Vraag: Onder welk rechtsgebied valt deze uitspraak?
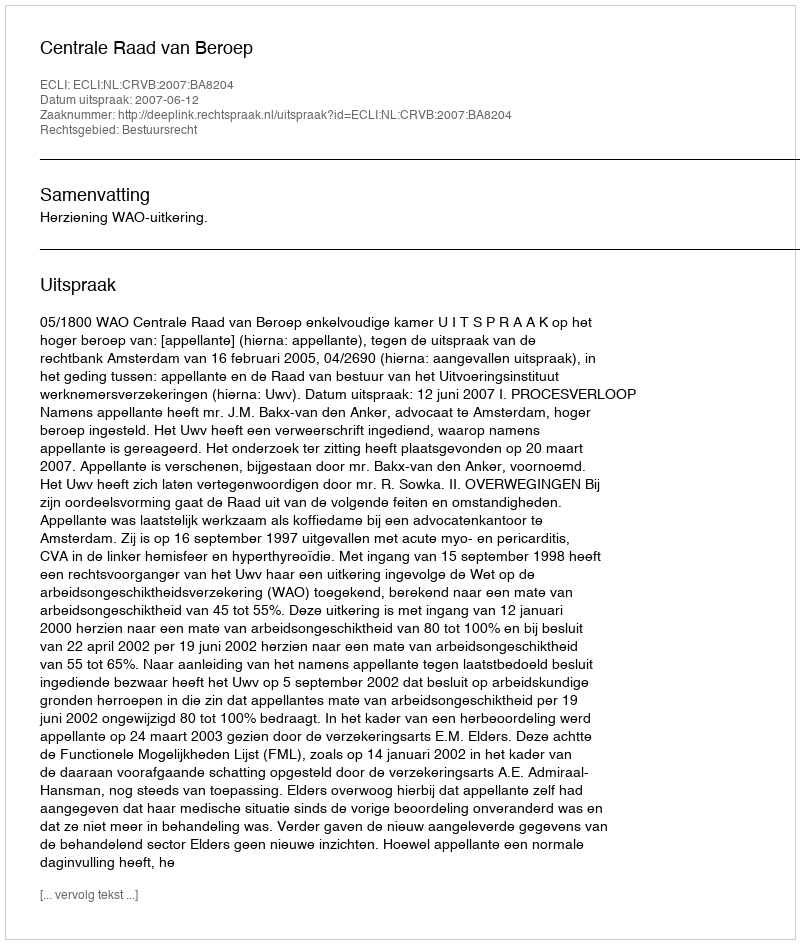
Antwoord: Bestuursrecht